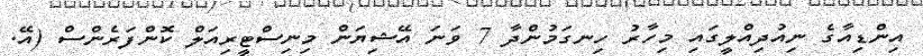
އިންޑިއާގެ ނިއުދިއްލީގައި މިހާރު ހިނގަމުންދާ 7 ވަނަ އޭޝިޔަން މިނިސްޓީރިއަލް ކޮންފަރެންސް (އޭ.